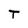
Character: T